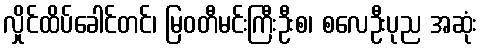
လှိုင်ထိပ်ခေါင်တင်၊ မြဝတီမင်းကြီးဦးစ၊ စလေဦးပုည အဆုံး